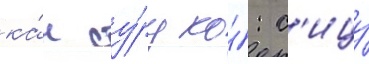
ка́н су́ру ко́: с'ицу